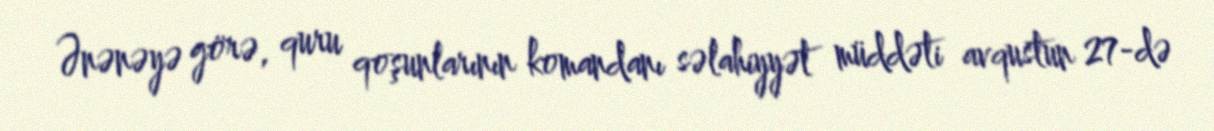
Ənənəyə görə, quru qoşunlarının komandanı səlahiyyət müddəti avqustun 27-də